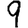
Digit: 9